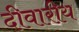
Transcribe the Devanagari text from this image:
दीवारीय